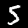
Label: 5